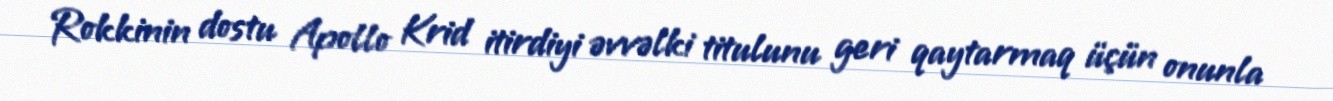
Rokkinin dostu Apollo Krid itirdiyi əvvəlki titulunu geri qaytarmaq üçün onunla